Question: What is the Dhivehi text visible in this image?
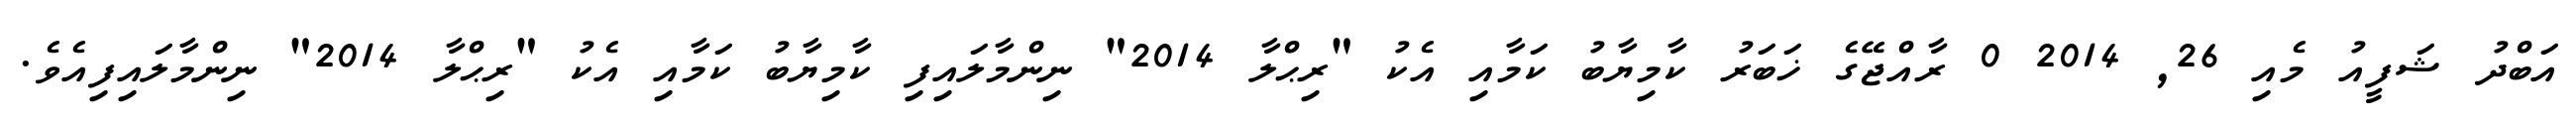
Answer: އަބްދު ޝަފީއު މެއި 26, 2014 0 ރާއްޖޭގެ ޚަބަރު ކާމިޔާބު ކަމާއި އެކު "ރިޙްލާ 2014" ނިންމާލައިފި ކާމިޔާބު ކަމާއި އެކު "ރިޙްލާ 2014" ނިންމާލައިފިއެވެ.